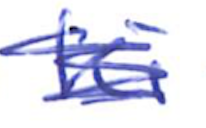
Text: Ki
Cross-out: scratch
Writing tool: ballpoint